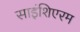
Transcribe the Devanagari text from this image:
साइंशिएरम